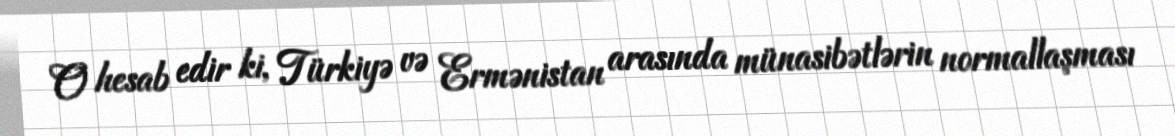
O hesab edir ki, Türkiyə və Ermənistan arasında münasibətlərin normallaşması